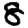
Digit: 8